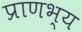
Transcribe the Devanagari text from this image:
प्राणभ्य